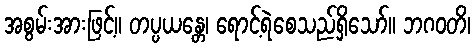
အစွမ်းအားဖြင့်။ တပ္ပယန္တေ၊ ရောင့်ရဲစေသည်ရှိသော်။ ဘဂဝတိ၊